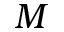
M